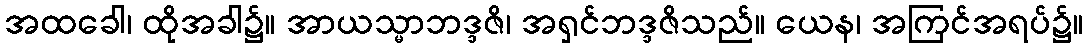
အထခေါ၊ ထိုအခါ၌။ အာယသ္မာဘဒ္ဒဇိ၊ အရှင်ဘဒ္ဒဇိသည်။ ယေန၊ အကြင်အရပ်၌။